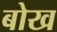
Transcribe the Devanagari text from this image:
बोख